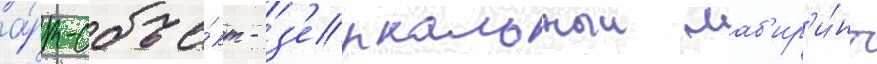
а́рт-объе́кт - з'еркальныи лаб'ир'и́нт